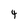
Character: 4